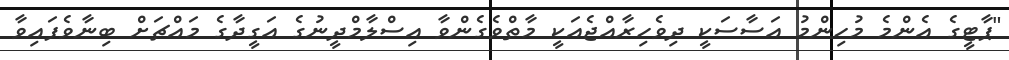
"ޕާޓީގެ އެންމެ މުހިންމު އަސާސަކީ ދިވެހިރާއްޖެއަކީ މާތްވެގެންވާ އިސްލާމްދީނުގެ އަގީދާގެ މައްޗަށް ބިނާވެފައިވާ